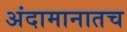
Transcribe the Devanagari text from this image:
अंदामानातच